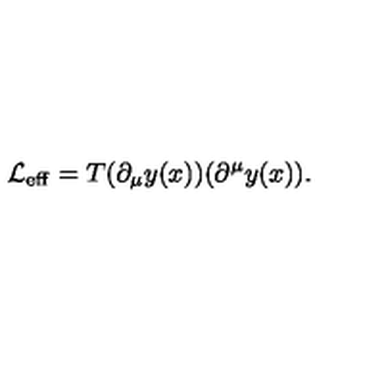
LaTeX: { \cal L } _ { \mathrm { e f f } } = T ( \partial _ { \mu } y ( x ) ) ( \partial ^ { \mu } y ( x ) ) .